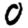
Digit: 0